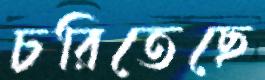
চরিতেছে